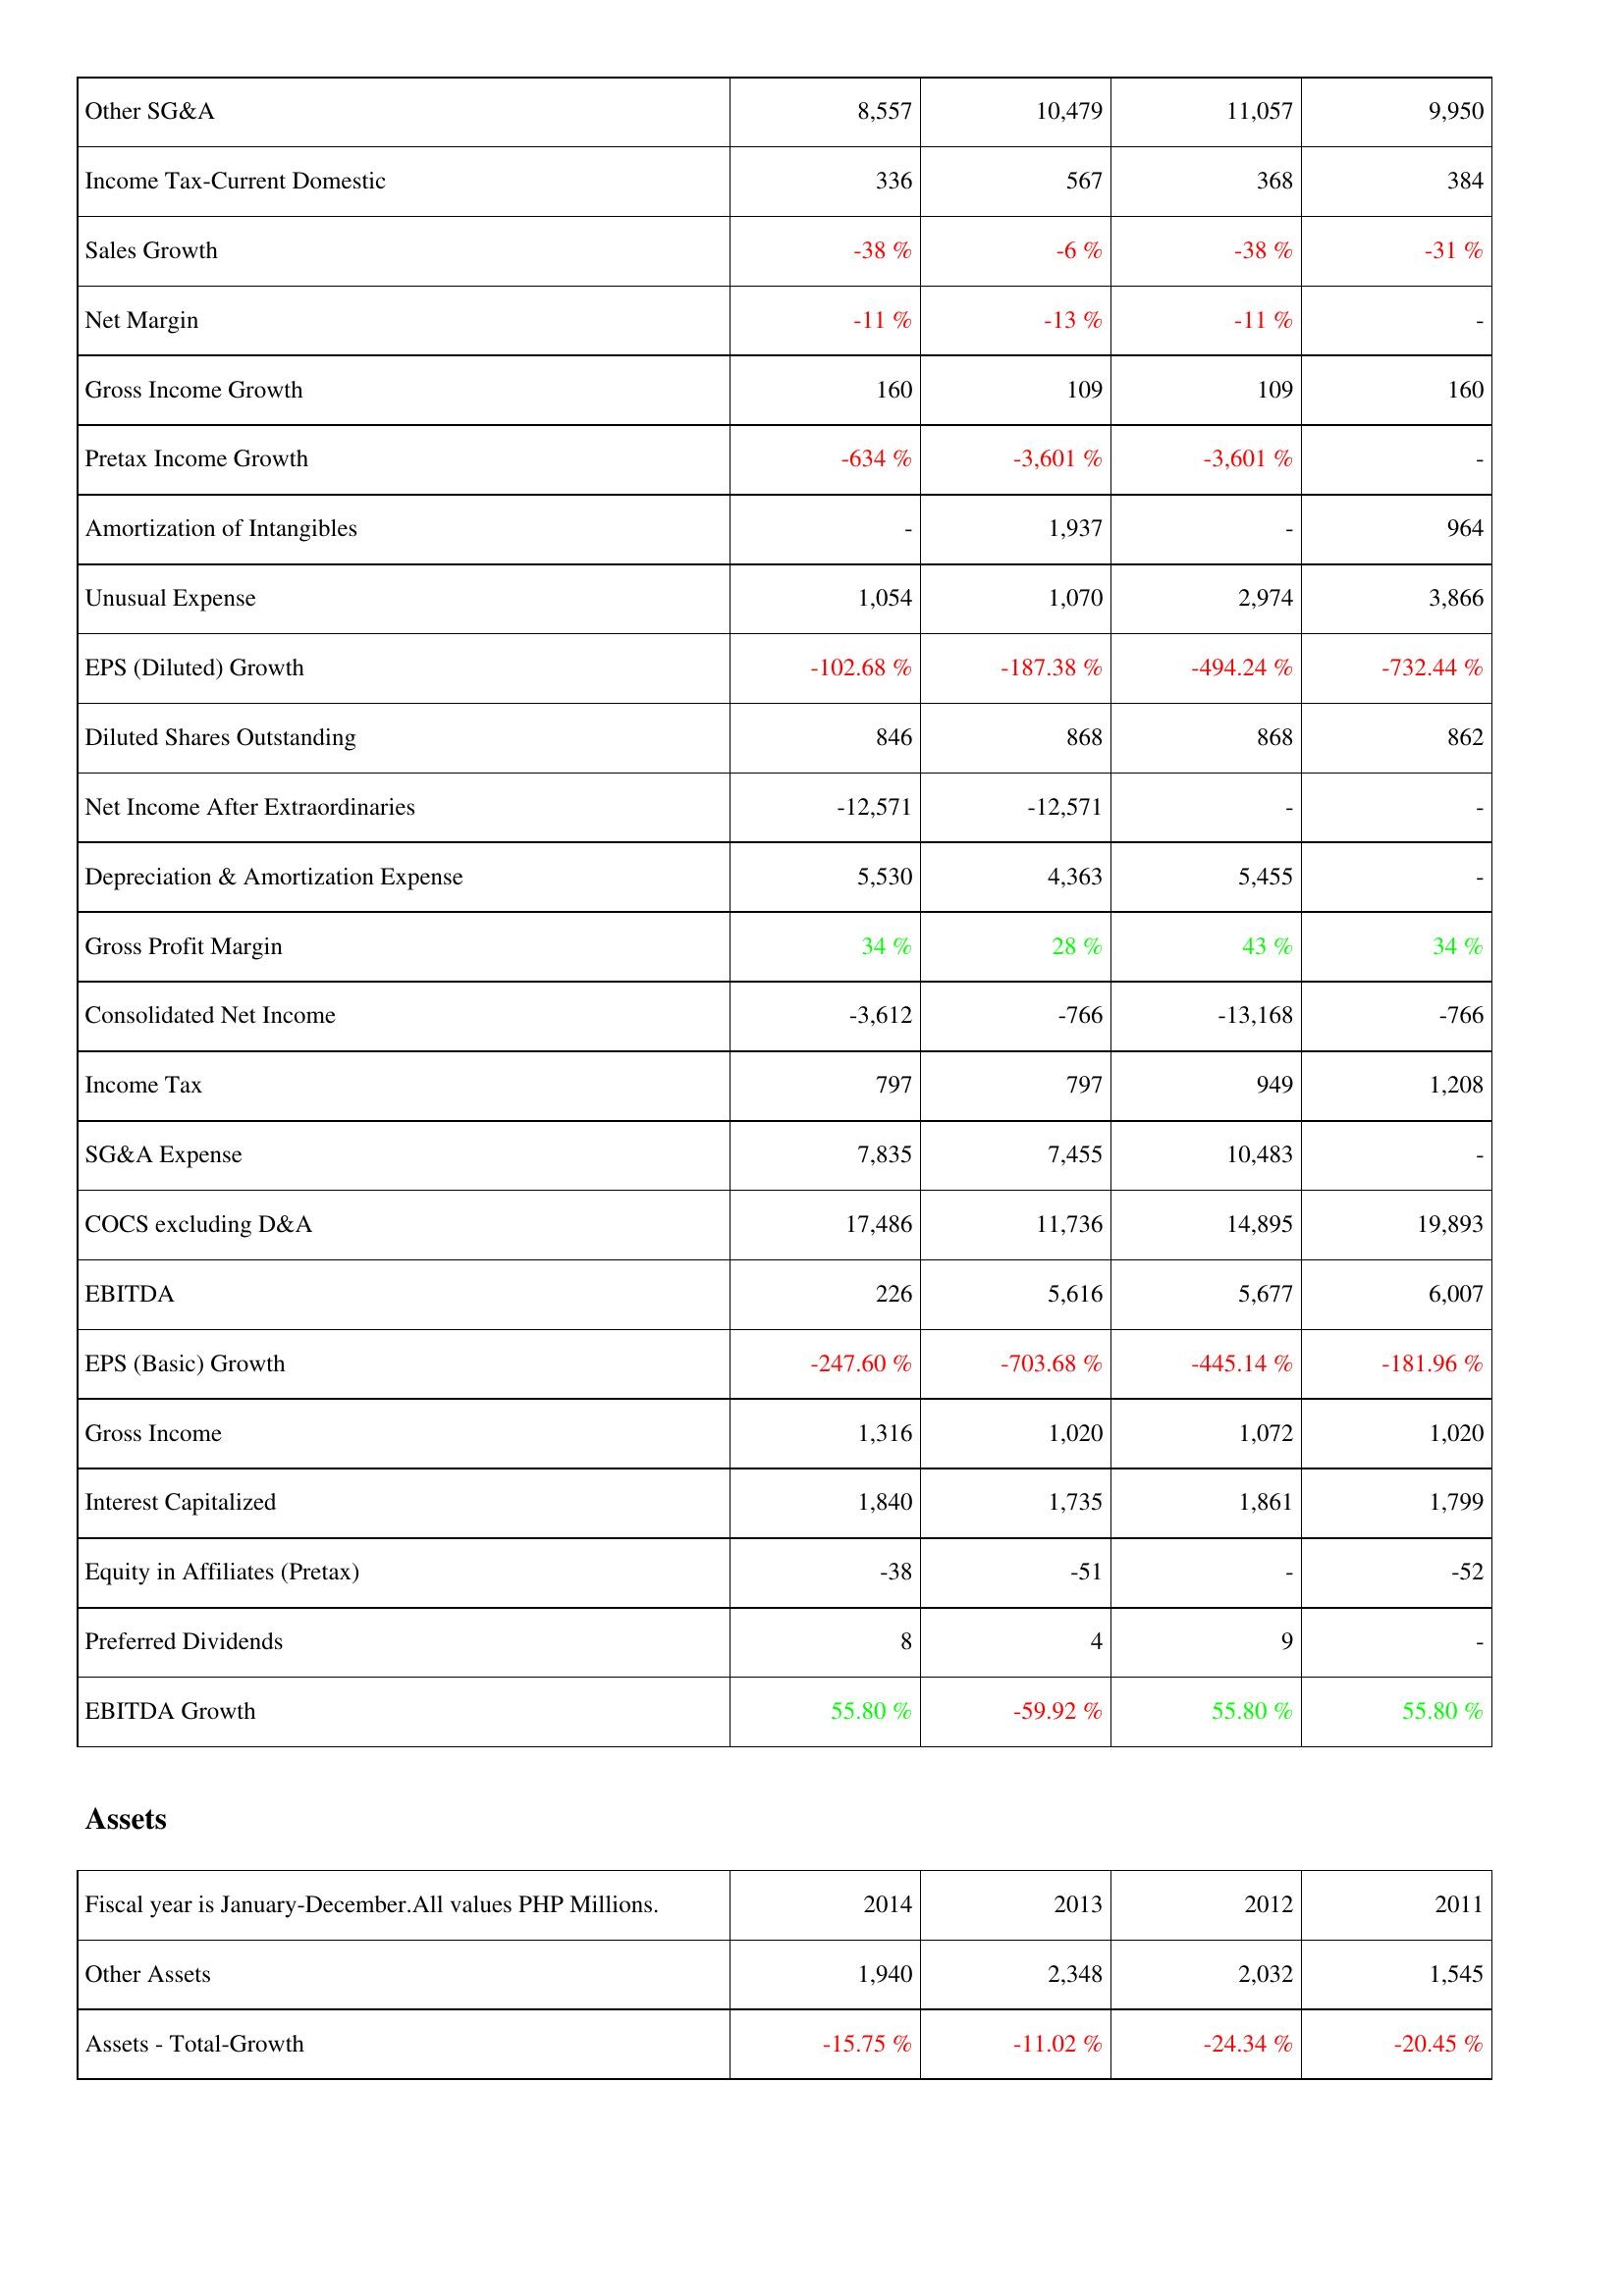
2014: Income Statement: Other SG&A: 8,557
Income Tax-Current Domestic: 336
Sales Growth: -38 %
Net Margin: -11 %
Gross Income Growth: 160
Pretax Income Growth: -634 %
Amortization of Intangibles: -
Unusual Expense: 1,054
EPS (Diluted) Growth: -102.68 %
Diluted Shares Outstanding: 846
Net Income After Extraordinaries: -12,571
Depreciation & Amortization Expense: 5,530
Gross Profit Margin: 34 %
Consolidated Net Income: -3,612
Income Tax: 797
SG&A Expense: 7,835
COCS excluding D&A: 17,486
EBITDA: 226
EPS (Basic) Growth: -247.60 %
Gross Income: 1,316
Interest Capitalized: 1,840
Equity in Affiliates (Pretax): -38
Preferred Dividends: 8
EBITDA Growth: 55.80 %
Assets: Other Assets: 1,940
Assets - Total-Growth: -15.75 %
2013: Income Statement: Other SG&A: 10,479
Income Tax-Current Domestic: 567
Sales Growth: -6 %
Net Margin: -13 %
Gross Income Growth: 109
Pretax Income Growth: -3,601 %
Amortization of Intangibles: 1,937
Unusual Expense: 1,070
EPS (Diluted) Growth: -187.38 %
Diluted Shares Outstanding: 868
Net Income After Extraordinaries: -12,571
Depreciation & Amortization Expense: 4,363
Gross Profit Margin: 28 %
Consolidated Net Income: -766
Income Tax: 797
SG&A Expense: 7,455
COCS excluding D&A: 11,736
EBITDA: 5,616
EPS (Basic) Growth: -703.68 %
Gross Income: 1,020
Interest Capitalized: 1,735
Equity in Affiliates (Pretax): -51
Preferred Dividends: 4
EBITDA Growth: -59.92 %
Assets: Other Assets: 2,348
Assets - Total-Growth: -11.02 %
2012: Income Statement: Other SG&A: 11,057
Income Tax-Current Domestic: 368
Sales Growth: -38 %
Net Margin: -11 %
Gross Income Growth: 109
Pretax Income Growth: -3,601 %
Amortization of Intangibles: -
Unusual Expense: 2,974
EPS (Diluted) Growth: -494.24 %
Diluted Shares Outstanding: 868
Net Income After Extraordinaries: -
Depreciation & Amortization Expense: 5,455
Gross Profit Margin: 43 %
Consolidated Net Income: -13,168
Income Tax: 949
SG&A Expense: 10,483
COCS excluding D&A: 14,895
EBITDA: 5,677
EPS (Basic) Growth: -445.14 %
Gross Income: 1,072
Interest Capitalized: 1,861
Equity in Affiliates (Pretax): -
Preferred Dividends: 9
EBITDA Growth: 55.80 %
Assets: Other Assets: 2,032
Assets - Total-Growth: -24.34 %
2011: Income Statement: Other SG&A: 9,950
Income Tax-Current Domestic: 384
Sales Growth: -31 %
Net Margin: -
Gross Income Growth: 160
Pretax Income Growth: -
Amortization of Intangibles: 964
Unusual Expense: 3,866
EPS (Diluted) Growth: -732.44 %
Diluted Shares Outstanding: 862
Net Income After Extraordinaries: -
Depreciation & Amortization Expense: -
Gross Profit Margin: 34 %
Consolidated Net Income: -766
Income Tax: 1,208
SG&A Expense: -
COCS excluding D&A: 19,893
EBITDA: 6,007
EPS (Basic) Growth: -181.96 %
Gross Income: 1,020
Interest Capitalized: 1,799
Equity in Affiliates (Pretax): -52
Preferred Dividends: -
EBITDA Growth: 55.80 %
Assets: Other Assets: 1,545
Assets - Total-Growth: -20.45 %